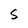
Character: S